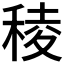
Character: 稜